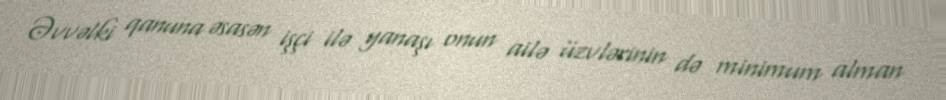
Əvvəlki qanuna əsasən işçi ilə yanaşı onun ailə üzvlərinin də minimum alman